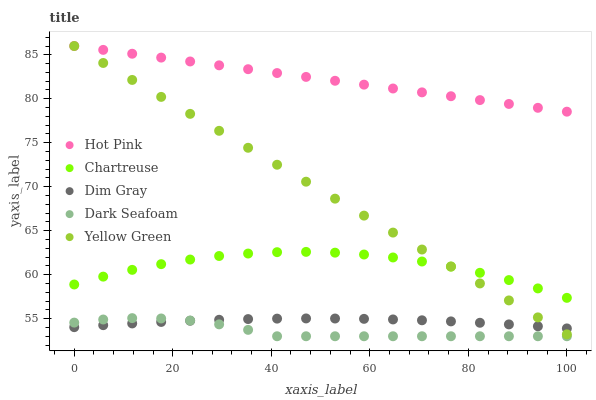
| xaxis_label | Hot Pink | Chartreuse | Dim Gray | Dark Seafoam | Yellow Green |
 | --- | --- | --- | --- | --- | --- |
 | 0 | 86 | 58.9 | 54 | 54.6 | 86 |
 | 5.88 | 85.6 | 59.8 | 54.3 | 54.9 | 84.1 |
 | 11.8 | 85.1 | 60.5 | 54.5 | 55.1 | 82.1 |
 | 17.6 | 84.7 | 61.2 | 54.6 | 55 | 80.2 |
 | 23.5 | 84.2 | 61.7 | 54.8 | 54.8 | 78.3 |
 | 29.4 | 83.8 | 62.1 | 54.9 | 54.4 | 76.4 |
 | 35.3 | 83.4 | 62.4 | 55 | 53.7 | 74.4 |
 | 41.2 | 82.9 | 62.6 | 55 | 53 | 72.5 |
 | 47.1 | 82.5 | 62.6 | 55 | 53 | 70.6 |
 | 52.9 | 82 | 62.5 | 55 | 53 | 68.6 |
 | 58.8 | 81.6 | 62.3 | 55 | 53 | 66.7 |
 | 64.7 | 81.2 | 62 | 54.9 | 53 | 64.8 |
 | 70.6 | 80.7 | 61.5 | 54.8 | 53 | 62.9 |
 | 76.5 | 80.3 | 60.9 | 54.7 | 53 | 60.9 |
 | 82.4 | 79.9 | 60.2 | 54.5 | 53 | 59 |
 | 88.2 | 79.4 | 59.4 | 54.3 | 53 | 57.1 |
 | 94.1 | 79 | 58.4 | 54.1 | 53 | 55.1 |
 | 100 | 78.5 | 57.4 | 53.9 | 53 | 53.2 |